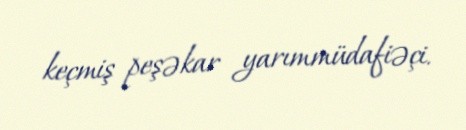
keçmiş peşəkar yarımmüdafiəçi.